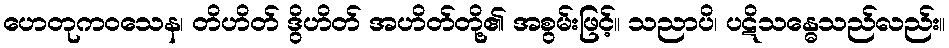
ဟေတုကဝသေန၊ တိဟိတ် ဒွိဟိတ် အဟိတ်တို့၏ အစွမ်းဖြင့်။ သညာပိ၊ ပဋိသန္ဓေသည်လည်း။